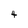
Character: 4